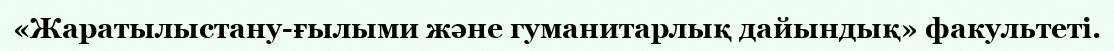
«Жаратылыстану-ғылыми және гуманитарлық дайындық» факультеті.